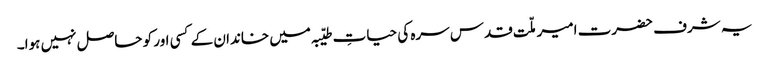
یہ شرف حضرت امیر ملّت قدس سرہ کی حیاتِ طیّبہ میں خاندان کے کسی اور کو حاصل نہیں ہوا۔